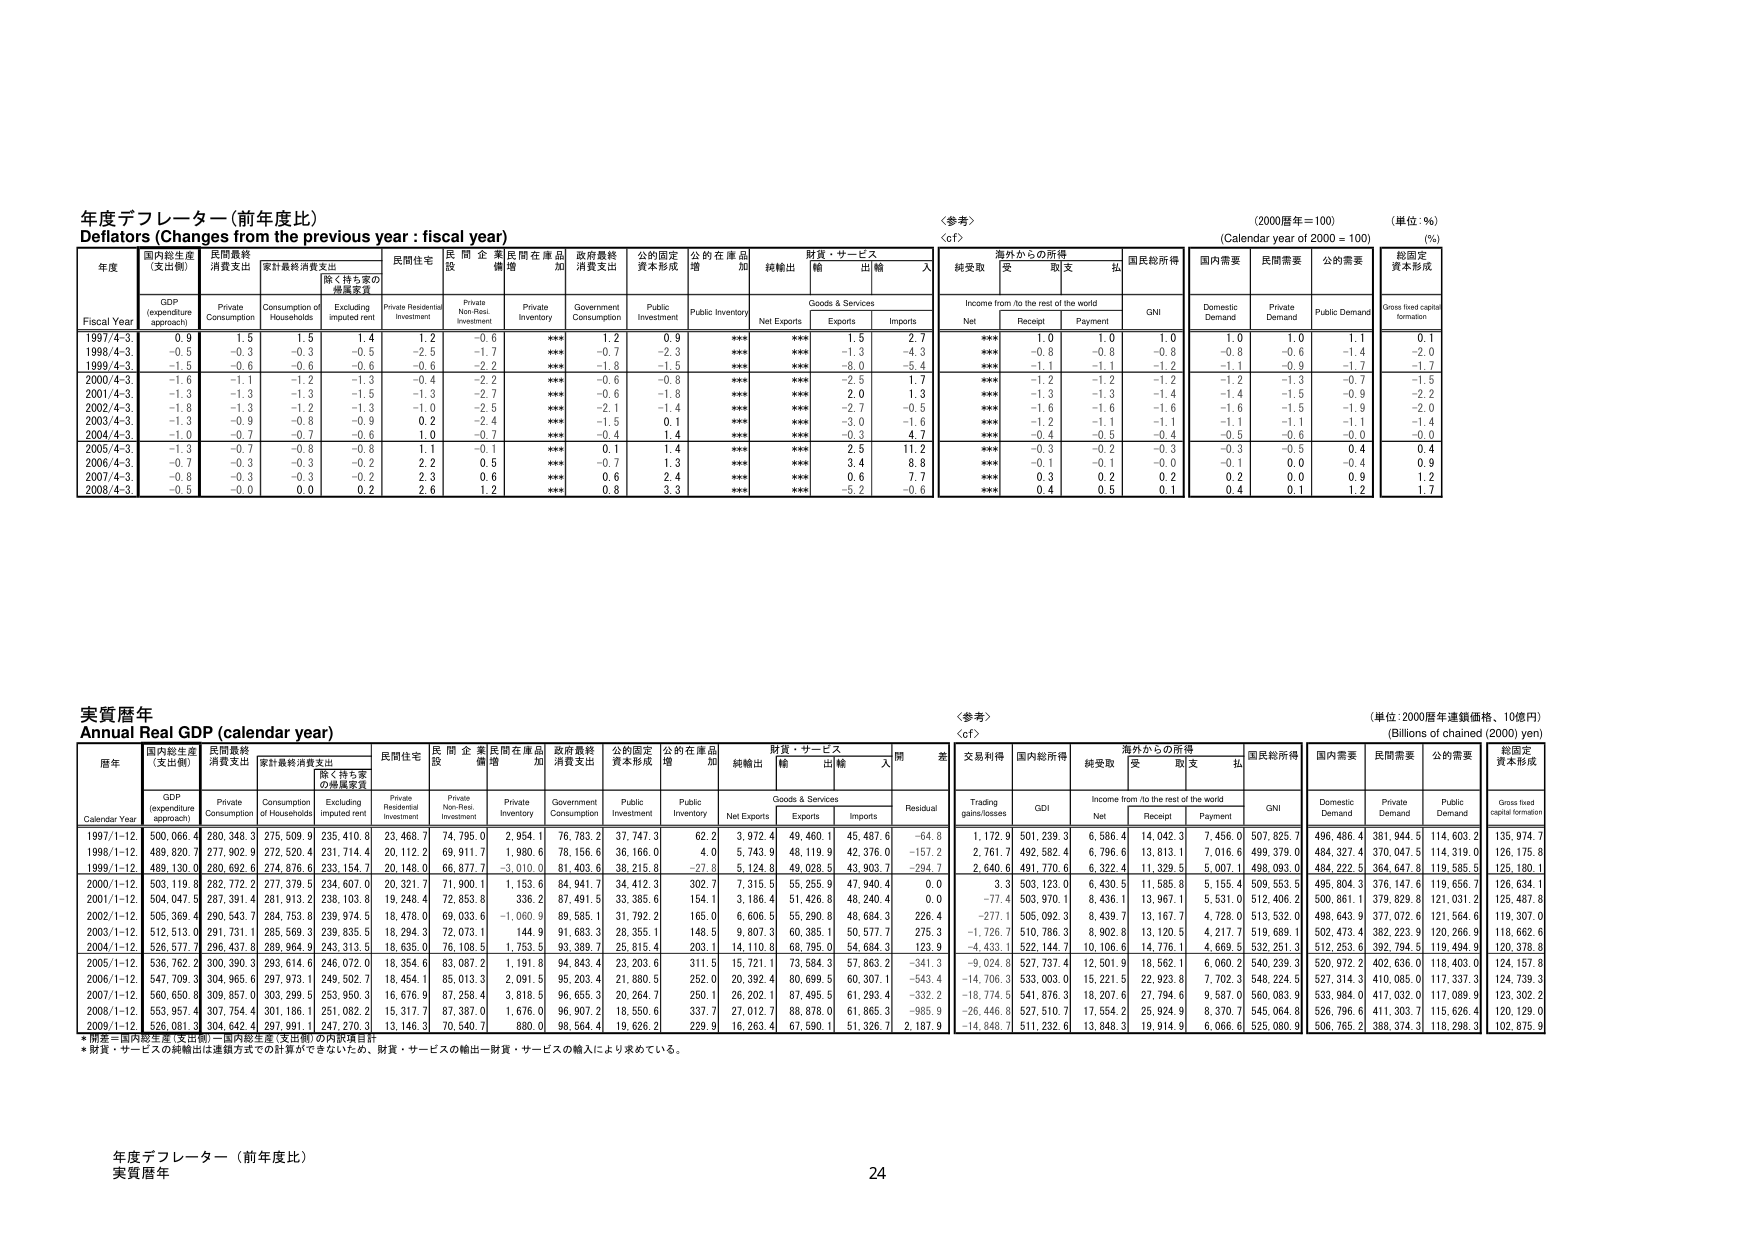
年度デフレーター（前年度比）
Deflators (Changes from the previous year : fiscal year)
〈参考〉
(2000年度＝100)
(単位：％)
(cf.)
(Calendar year of 2000 = 100)
(%)

年度
Fiscal Year
国内総生産
(支出側)
GDP
(expenditure approach)
民間最終
消費支出
Private Consumption
家計最終消費支出
Consumption of Households
除く持ち家の
帰属家賃
Excluding imputed rent
民間住宅
Private Residential Investment
民間企業
設備
Private Non-Resi. Investment
民間在庫品
増加
Private Inventory
政府最終
消費支出
Government Consumption
公的固定
資本形成
Public Investment
公的在庫品
増加
Public Inventory
純輸出
Net Exports
財貨・サービス
Goods & Services
輸出
Exports
輸入
Imports
海外からの所得
Income from /to the rest of the world
純受取
Net
受取
Receipt
支払
Payment
国民総所得
GNI
国内需要
Domestic Demand
民間需要
Private Demand
公的需要
Public Demand
総固定
資本形成
Gross fixed capital formation

1997/4-3
0.9
1.5
1.5
1.4
1.2
-0.6
***
1.2
0.9
***
***
1.5
2.7
***
1.0
1.0
1.0
1.0
1.0
1.1
0.1

1998/4-3
-0.5
-0.3
-0.3
-0.5
-2.5
-1.7
***
-0.7
-2.3
***
***
-1.3
-4.3
***
-0.8
-0.8
-0.8
-0.8
-0.6
-1.4
-2.0

1999/4-3
-1.5
-0.6
-0.6
-0.6
-0.6
-2.2
***
-1.8
-1.5
***
***
-8.0
-5.4
***
-1.1
-1.1
-1.2
-1.1
-0.9
-1.7
-1.7

2000/4-3
-1.6
-1.1
-1.2
-1.3
-0.4
-2.2
***
-0.6
-0.8
***
***
-2.5
1.7
***
-1.2
-1.2
-1.2
-1.2
-1.3
-0.7
-1.5

2001/4-3
-1.3
-1.3
-1.3
-1.5
-1.3
-2.7
***
-0.6
-1.8
***
***
2.0
1.3
***
-1.3
-1.3
-1.4
-1.4
-1.5
-0.9
-2.2

2002/4-3
-1.8
-1.3
-1.2
-1.3
-1.0
-2.5
***
-2.1
-1.4
***
***
-2.7
-0.5
***
-1.6
-1.6
-1.6
-1.6
-1.5
-1.9
-2.0

2003/4-3
-1.3
-0.9
-0.8
-0.9
0.2
-2.4
***
-1.5
0.1
***
***
-3.0
-1.6
***
-1.2
-1.1
-1.1
-1.1
-1.1
-1.1
-1.4

2004/4-3
-1.0
-0.7
-0.7
-0.6
1.0
-0.7
***
-0.4
1.4
***
***
-0.3
4.7
***
-0.4
-0.5
-0.4
-0.5
-0.6
-0.0
-0.0

2005/4-3
-1.3
-0.7
-0.8
-0.8
1.1
-0.1
***
0.1
1.4
***
***
2.5
11.2
***
-0.3
-0.2
-0.3
-0.3
-0.5
0.4
0.4

2006/4-3
-0.7
-0.3
-0.3
-0.2
2.2
0.5
***
-0.7
1.3
***
***
3.4
6.8
***
-0.1
-0.1
-0.0
-0.1
0.0
-0.4
0.9

2007/4-3
-0.8
-0.3
-0.3
-0.2
2.3
0.6
***
0.6
2.4
***
***
0.3
7.7
***
0.3
0.2
0.2
0.2
0.0
0.9
1.2

2008/4-3
-0.5
-0.0
0.0
0.2
2.6
1.2
***
0.8
3.3
***
***
-5.2
-0.6
***
0.4
0.5
0.1
0.4
0.1
1.2
1.7

実質暦年
Annual Real GDP (calendar year)
〈参考〉
(cf.)
(単位：2000暦年連鎖価格、10億円)
(Billions of chained (2000) yen)

暦年
Calendar Year
国内総生産
(支出側)
GDP
(expenditure approach)
民間最終
消費支出
Private Consumption
家計最終消費支出
Consumption of Households
除く持ち家の
帰属家賃
Excluding imputed rent
民間住宅
Private Residential Investment
民間企業
設備
Private Non-Resi. Investment
民間在庫品
増加
Private Inventory
政府最終
消費支出
Government Consumption
公的固定
資本形成
Public Investment
公的在庫品
増加
Public Inventory
純輸出
Net Exports
財貨・サービス
Goods & Services
輸出
Exports
輸入
Imports
残差
Residual
交易利得
Trading gains/losses
国内総所得
GDI
海外からの所得
Income from /to the rest of the world
純受取
Net
受取
Receipt
支払
Payment
国民総所得
GNI
国内需要
Domestic Demand
民間需要
Private Demand
公的需要
Public Demand
総固定
資本形成
Gross fixed capital formation

1997/1-12
500,066.4
280,348.3
275,509.9
235,410.8
23,468.7
74,795.0
2,954.1
76,783.2
37,747.3
62.2
3,972.4
49,460.1
45,487.6
-64.8
1,172.9
501,239.3
6,586.4
14,042.3
7,456.0
507,825.7
496,486.4
381,944.5
114,603.2
135,974.7

1998/1-12
489,820.7
277,902.9
272,520.4
231,714.4
20,112.2
69,911.7
1,980.6
78,156.6
36,166.0
4.0
5,743.9
48,119.9
42,376.0
-157.2
2,761.7
492,582.4
6,796.6
13,813.1
7,016.6
499,379.0
484,327.4
370,047.5
114,319.0
126,175.8

1999/1-12
489,130.0
280,692.6
274,876.6
233,154.7
20,148.0
66,877.7
-3,010.0
81,403.6
38,215.8
-27.8
5,124.8
49,028.5
43,903.7
-294.7
2,640.6
491,770.6
6,322.4
11,329.5
5,007.1
498,093.0
484,222.5
364,647.8
119,585.5
125,180.1

2000/1-12
503,119.8
282,772.2
277,379.5
234,607.0
20,321.7
71,900.1
1,153.6
84,941.7
34,412.3
302.7
7,315.5
55,255.9
47,940.4
0.0
3.3
503,123.0
6,430.5
11,585.8
5,155.4
509,553.5
495,804.3
376,147.6
119,656.7
126,634.1

2001/1-12
504,047.5
287,391.4
281,913.2
238,103.8
19,248.4
72,853.8
336.2
87,491.5
33,385.6
154.1
3,186.4
51,426.8
48,240.4
0.0
-77.4
503,970.1
8,436.1
13,967.1
5,531.0
512,406.2
500,861.1
379,829.8
121,031.2
125,487.8

2002/1-12
505,369.4
290,543.7
284,753.8
239,974.5
18,478.0
69,033.6
-1,060.9
89,585.1
31,792.2
165.0
6,606.5
55,290.8
48,684.3
226.4
-277.1
505,092.3
8,439.7
13,167.7
4,728.0
513,532.0
498,643.9
377,072.6
121,564.6
119,307.0

2003/1-12
512,513.0
291,731.1
285,569.3
239,835.5
18,294.3
72,073.1
144.9
91,683.3
28,355.1
148.5
9,807.3
60,385.1
50,577.7
275.3
-1,726.7
510,786.3
8,902.8
13,120.5
4,217.7
519,689.1
502,473.4
382,223.9
120,266.9
118,662.6

2004/1-12
526,577.7
296,437.8
289,964.9
243,313.5
18,635.0
76,108.5
1,753.5
93,389.7
25,815.4
203.1
14,110.8
68,795.0
54,684.3
123.9
-4,433.1
522,144.7
10,106.6
14,776.1
4,669.5
532,251.3
512,253.6
392,794.5
119,494.9
120,378.8

2005/1-12
536,762.2
300,390.3
293,614.6
246,072.0
18,354.6
83,087.2
1,191.8
94,643.4
23,203.6
311.5
15,721.1
73,584.3
57,863.2
-341.3
-9,024.8
527,737.4
12,501.9
18,562.1
6,060.2
540,239.3
520,972.2
402,636.0
118,403.0
124,157.8

2006/1-12
547,709.3
304,965.6
297,973.1
249,502.7
18,454.1
85,013.3
2,091.5
95,203.4
21,880.5
252.0
20,392.4
80,699.5
60,307.1
-543.4
-14,706.3
533,003.0
15,221.5
22,923.8
7,702.3
548,224.5
527,314.3
410,085.0
117,337.3
124,739.3

2007/1-12
560,650.8
309,857.0
303,299.5
253,950.3
16,676.9
87,258.4
3,818.5
96,655.3
20,264.7
250.1
26,202.1
87,495.5
61,293.4
-332.2
-18,774.5
541,876.3
18,207.6
27,794.6
9,587.0
560,083.9
533,984.0
417,032.0
117,089.9
123,302.2

2008/1-12
553,957.4
307,754.4
301,186.1
251,082.2
15,317.7
87,387.0
1,676.0
96,907.2
18,550.6
337.7
27,012.7
88,878.0
61,865.3
-865.9
-26,446.8
527,510.7
17,554.2
25,924.9
8,370.7
545,064.8
526,796.6
411,303.7
115,626.4
120,129.0

2009/1-12
526,081.3
304,642.4
297,991.1
247,270.3
13,146.3
70,540.7
880.0
98,564.4
19,626.2
229.9
16,263.4
67,590.1
51,326.7
2,187.9
-14,848.7
511,232.6
13,848.3
19,914.9
6,066.6
525,080.9
506,765.2
388,374.3
118,298.3
102,875.9

*開業＝国内総生産（支出側）＝国内総生産（支出側）の内訳項目計
*財貨・サービスの純輸出は連鎖方式での計算ができないため、財貨・サービスの輸出－財貨・サービスの輸入により求めている。

年度デフレーター（前年度比）
実質暦年
24